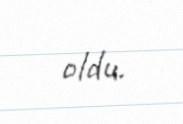
oldu.